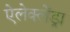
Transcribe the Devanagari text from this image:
ऐलेक्लेंड्रा